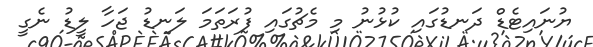
ޔުނައިޓެޑް ދަނޑުގައި ކުޅުނު މި މެޗުގައި ފުރަތަމަ ލަނޑު ޖަހާ ލީޑު ނެގީ